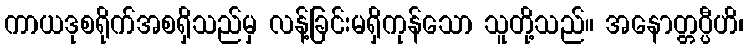
ကာယဒုစရိုက်အစရှိသည်မှ လန့်ခြင်းမရှိကုန်သော သူတို့သည်။ အနောတ္တပ္ပီဟိ၊